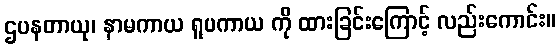
ဌပနတာယု၊ နာမကာယ ရူပကာယ ကို ထားခြင်းကြောင့် လည်းကောင်း။